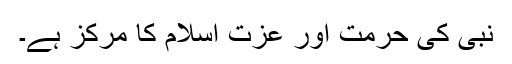
نبی کی حرمت اور عزت اسلام کا مرکز ہے۔